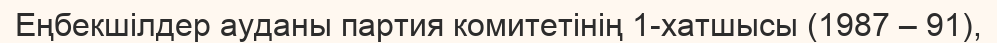
Еңбекшілдер ауданы партия комитетінің 1-хатшысы (1987 – 91),